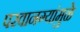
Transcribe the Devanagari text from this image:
परवानग्यांमुळे